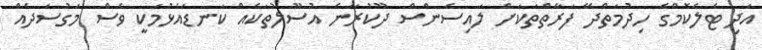
އަދި ޓެލެކޮމްގެ ހިދުމަތްދޭ ފަރާތްތަކަށް ލައިސެންސް ދޫކުރާނެ އުސޫލުތަކެއް ކަނޑައެޅުމަކީ ވެސް މަގުސަދެއް